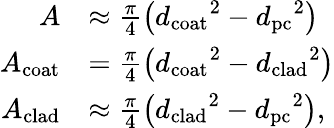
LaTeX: \begin{array}{rl}{A}&{\approx\frac{\pi}{4}\left({d_{\mathrm{coat}}}^{2}-{d_{\mathrm{pc}}}^{2}\right)}\\ {A_{\mathrm{coat}}}&{=\frac{\pi}{4}\left({d_{\mathrm{coat}}}^{2}-{d_{\mathrm{clad}}}^{2}\right)}\\ {A_{\mathrm{clad}}}&{\approx\frac{\pi}{4}\left({d_{\mathrm{clad}}}^{2}-{d_{\mathrm{pc}}}^{2}\right),}\end{array}